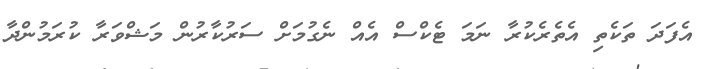
އެފަދަ ތަކެތި އެތެރެކުރާ ނަމަ ޓެކްސް އެއް ނެގުމަށް ސަރުކާރުން މަޝްވަރާ ކުރަމުންދާ